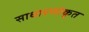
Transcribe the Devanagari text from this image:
साधारणोकृत